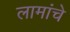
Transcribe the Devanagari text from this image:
लामांचे